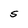
Character: S